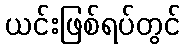
ယင်းဖြစ်ရပ်တွင်